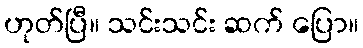
ဟုတ်ပြီ။ သင်းသင်း ဆက် ပြော။